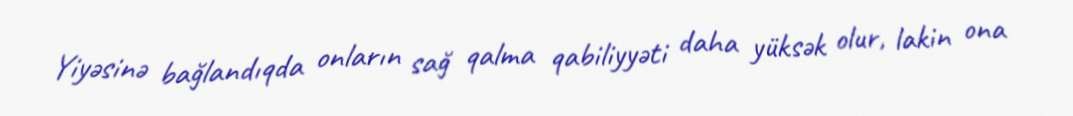
Yiyəsinə bağlandıqda onların sağ qalma qabiliyyəti daha yüksək olur, lakin ona